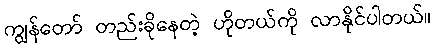
ကျွန်တော် တည်းခိုနေတဲ့ ဟိုတယ်ကို လာနိုင်ပါတယ်။